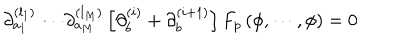
\partial _ { a _ { 1 } } ^ { ( l _ { 1 } ) } \cdots \partial _ { a _ { M } } ^ { ( l _ { M } ) } \left[ \partial _ { b } ^ { ( i ) } + \partial _ { b } ^ { ( i + 1 ) } \right] F _ { p } \, ( \phi , \cdots , \phi ) = 0